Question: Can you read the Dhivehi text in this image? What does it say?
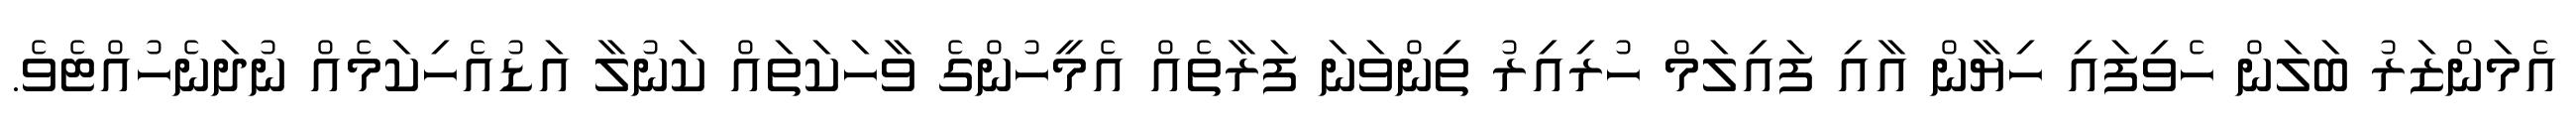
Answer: އެމަންޒަރު ބަލަން ހެވިފައި ހިޔާން އާއި ފައިލަމް ހުރިއިރު ތިންވަނަ ފަރާތެއް އެމީހުންގެ ވާހަކަތައް ކަނުލާ އަޑުއެހިކަމެއް ނުދަނެހުއްޓެވެ.